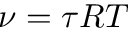
\nu = \tau R T